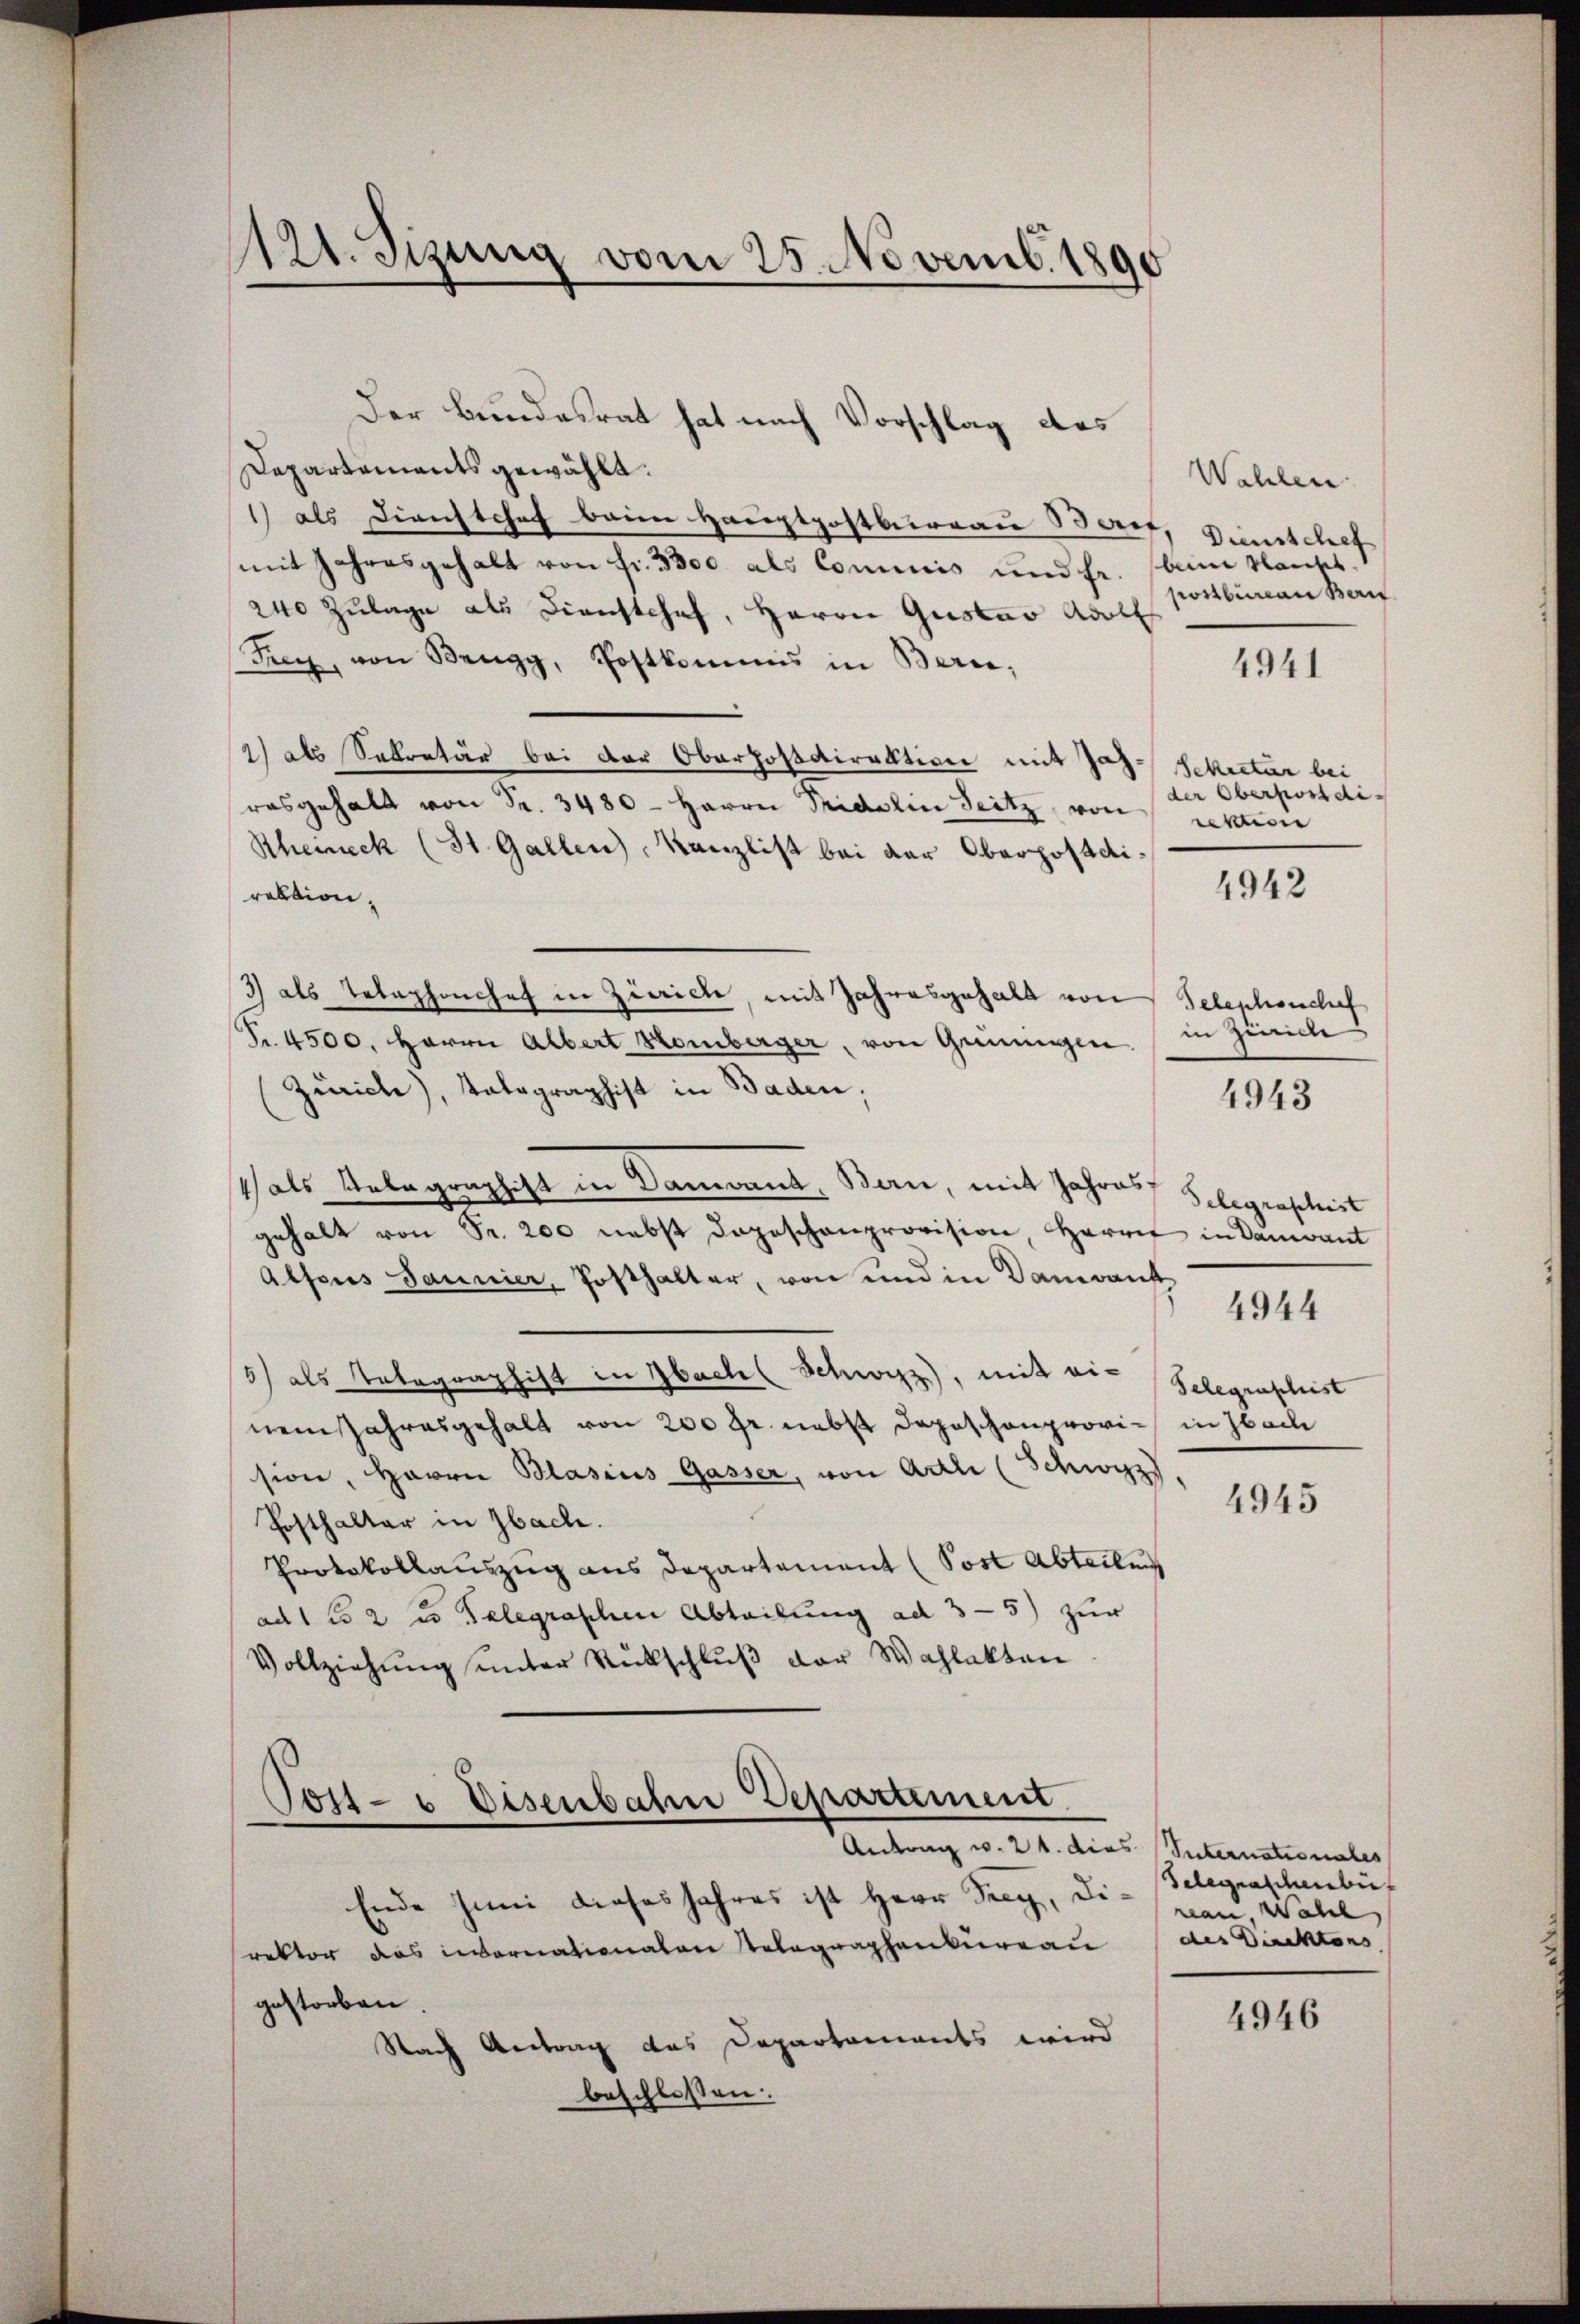
121. Setzung vom 25. Novemb. 1890

Departements gewählt:
1) als Dienstchef beim Hauptpostbureau Beruf, Dienstchef
mit Jahresgehalt von fr. 3300 als Commis und Fr. beim Sankt.
240 Zulage als Dienstchef, Herrn Gustav Adolf
Frey, von Brugg, Postkommis in Bern,
2) als Sekretär bei der Oberhofsdirektion mit Jas-Schiectur bei
rasgehalt von Fr. 3480 - Herrn Pridolin Seitz, von Sektion
Rheineck (St. Gallen, Kanzlist bei der Oberpostdiraktion,
3) als Telephonchef in Zürich, mit Jahresgehalt von Telephonchef
Pr. 4500. Herrn Albert Homberger, von Grüningen. / in Zürich
Zürich), Tatographist in Baden,
4 als Telegraphist in Dament, Bern, mit Jahres Gelegrascheit
gehalt von Fr. 200 nebst dageschenprovision, Harrief in Danvant
Absores Jaunier, Posthalter, von und in Dauerans
4944
3) als Totagraphist in Sachl Schwyz), mit ein Gelegenschust
nem Jahresgehalt von 200 fr. nebst dageschenprovi in Sach
sion, Herrn Blasius Gasser, von Adli (Schwyz
4945
Posthalter in Sache.
Protokollauszug aus Departement (Post Abteilung
ad 1 f 2 u Telegraschen Abteilung ad 3-5) zur
Vollziehŭng ŭnter Rückschlŭβ der Wahlakten
Post- u Disenbahn Departement.
Antrag v. 24. dies Suternationales
Ende Juni dieses Jahres ist Herr Seeg, Di-Telegraschenbü
reau, Wahl,
rektor das internationalen Telegraphenbureau des Direktors,
gestorben.
4946
Nach Antrag das Departaments wird
beschlossen.

Der Bundesrat hat nach Vorschlag des

Wahlen.
postbian Bern

4941

4942

4943

der Oberpostdi¬